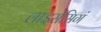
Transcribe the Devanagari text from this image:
लाइसेंसिगं